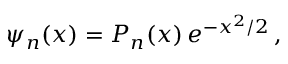
\psi _ { n } ( x ) = P _ { n } ( x ) \, e ^ { - x ^ { 2 } / 2 } \, ,